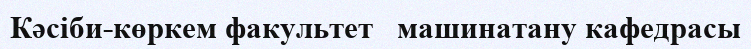
Кәсіби-көркем факультет   машинатану кафедрасы